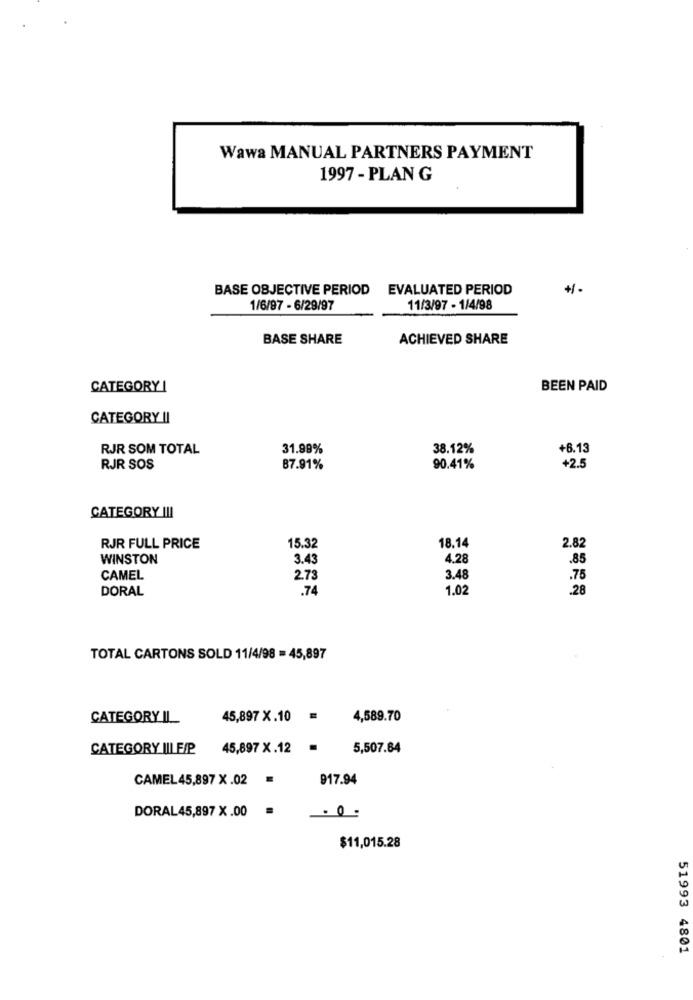
Wawa MANUAL PARTNERS PAYMENT
1997 - PLAN G
BASE OBJECTIVE PERIOD
EVALUATED PERIOD
1/6/97 - 6/29/97
11/3/97 - 1/4/98
BASE SHARE
ACHIEVED SHARE
CATEGORY !
BEEN PAID
CATEGORY II
RJR SOM TOTAL
31.99%
38.12%
+6.13
RJR SOS
87.91%
90.41%
+2.5
CATEGORY III
2.82
RJR FULL PRICE
15.32
18.14
WINSTON
3.43
4.28
.85
CAMEL
2.73
3.48
.75
DORAL
.74
1.02
.28
TOTAL CARTONS SOLD 11/4/98 = 45,897
CATEGORY IL
45,897 X.10
4,589.70
CATEGORY IILE/P
45,897 X.12
.
5,507.64
CAMEL 45,897 X.02
917.94
DORAL45,897 X .00
- 0.
$11,015.28
51993 4801